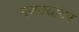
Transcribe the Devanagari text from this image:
मणक्यांवर